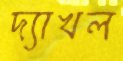
দ্যাখল